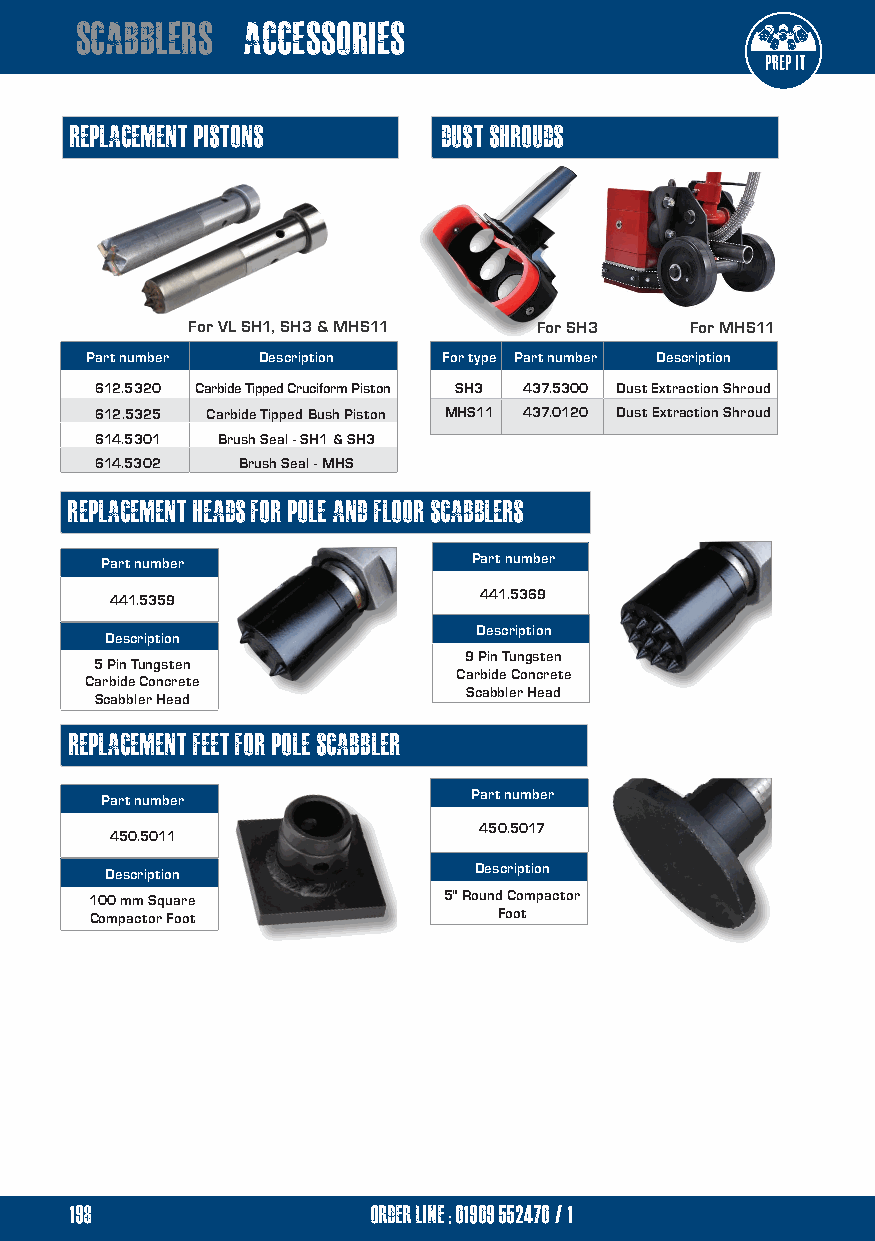
scabblers  accessories
 replacement pistons     dust shrouds
 For VL SH1, SH3 & MHS11 For SH3   For MHS11
 Part number Description For type Part number Description
 612.5320 Carbide Tipped Cruciform Piston SH3 437.5300 Dust Extraction Shroud
 612.5325 Carbide Tipped Bush Piston MHS11 437.0120 Dust Extraction Shroud
 614.5301 Brush Seal - SH1 & SH3
 614.5302  Brush Seal - MHS
 replacement HEADS for pole and floor scabblers
 Part number             Part number
 441.5359                 441.5369
 Description
 Description
 9 Pin Tungsten
 5 Pin Tungsten
 Carbide Concrete
 Carbide Concrete
 Scabbler Head
 Scabbler Head
 replacement feet for pole scabbler
 Part number             Part number
 450.5017
 450.5011
 Description             Description
 100 mm Square          5" Round Compactor
 Compactor Foot             Foot
 198                 order line ; 01909 552470/1